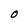
Character: O